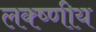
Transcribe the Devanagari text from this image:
लक्ष्णीय